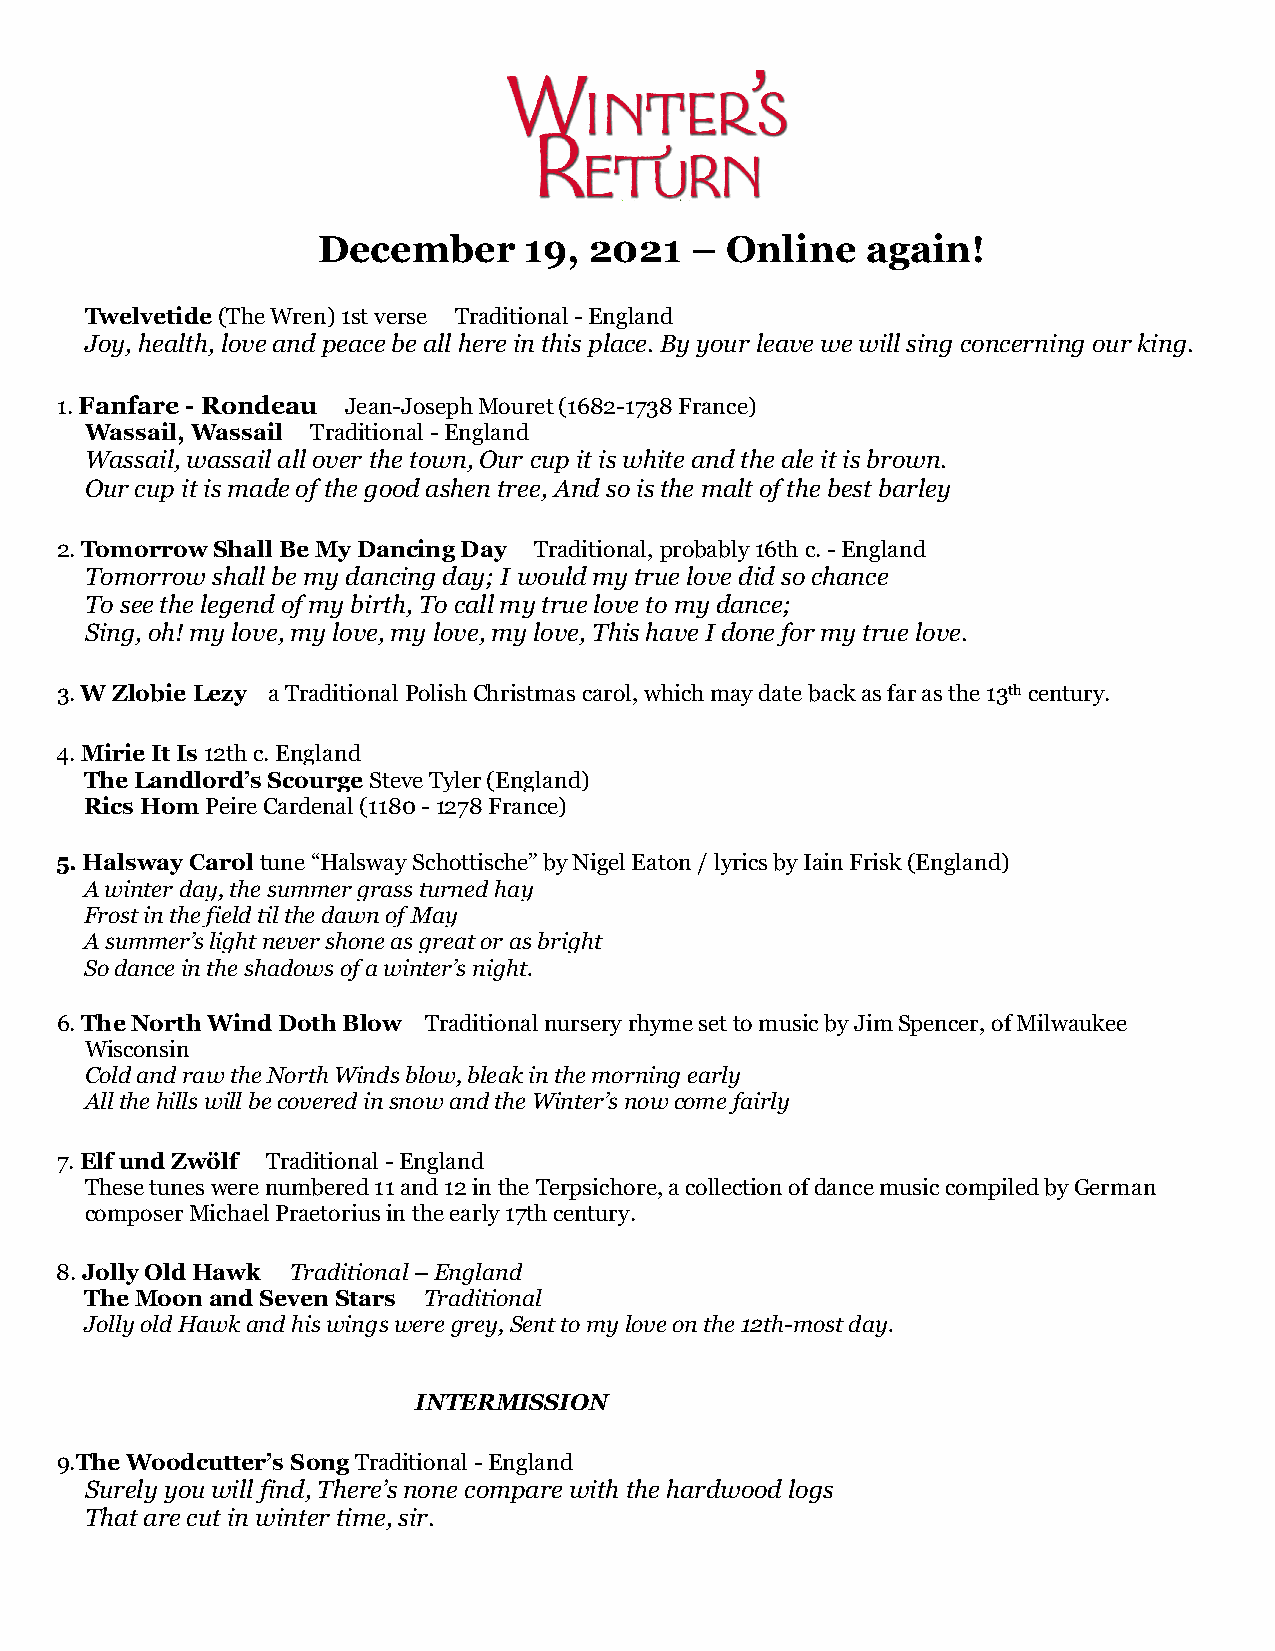
December      19, 2021   – Online   again!
 Twelvetide (The Wren) 1st verse Traditional - England
 Joy, health, love and peace be all here in this place. By your leave we will sing concerning our king.
 1. Fanfare - Rondeau Jean-Joseph Mouret (1682-1738 France)
 Wassail, Wassail Traditional - England
 Wassail, wassail all over the town, Our cup it is white and the ale it is brown.
 Our cup it is made of the good ashen tree, And so is the malt of the best barley
 2. Tomorrow Shall Be My Dancing Day Traditional, probably 16th c. - England
 Tomorrow shall be my dancing day; I would my true love did so chance
 To see the legend of my birth, To call my true love to my dance;
 Sing, oh! my love, my love, my love, my love, This have I done for my true love.
 3. W Zlobie Lezy a Traditional Polish Christmas carol, which may date back as far as the 13th century.
 4. Mirie It Is 12th c. England
 The Landlord’s Scourge Steve Tyler (England)
 Rics Hom Peire Cardenal (1180 - 1278 France)
 5. Halsway Carol tune “Halsway Schottische” by Nigel Eaton / lyrics by Iain Frisk (England)
 A winter day, the summer grass turned hay
 Frost in the field til the dawn of May
 A summer’s light never shone as great or as bright
 So dance in the shadows of a winter’s night.
 6. The North Wind Doth Blow Traditional nursery rhyme set to music by Jim Spencer, of Milwaukee
 Wisconsin
 Cold and raw the North Winds blow, bleak in the morning early
 All the hills will be covered in snow and the Winter’s now come fairly
 7. Elf und Zwölf Traditional - England
 These tunes were numbered 11 and 12 in the Terpsichore, a collection of dance music compiled by German
 composer Michael Praetorius in the early 17th century.
 8. Jolly Old Hawk Traditional – England
 The Moon and Seven Stars Traditional
 Jolly old Hawk and his wings were grey, Sent to my love on the 12th-most day.
 INTERMISSION
 9.The Woodcutter’s Song Traditional - England
 Surely you will find, There’s none compare with the hardwood logs
 That are cut in winter time, sir.